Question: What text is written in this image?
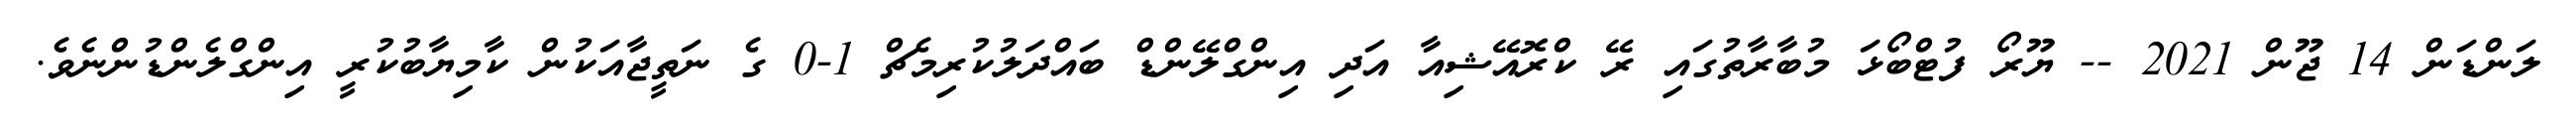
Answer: ލަންޑަން 14 ޖޫން 2021 -- ޔޫރޯ ފުޓްބޯޅަ މުބާރާތުގައި ރޭ ކްރޮއޭޝިއާ އަދި އިންގްލޭންޑް ބައްދަލުކުރިމެޗް 1-0 ގެ ނަތީޖާއަކުން ކާމިޔާބުކުރީ އިންގްލެންޑުންނެވެ.